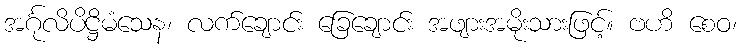
အင်္ဂုလိပိဋ္ဌိမံသေန၊ လက်ချောင်း ခြေချောင်း အဖျားအမိုးသားဖြင့်။ ဗဟိ စေဝ၊